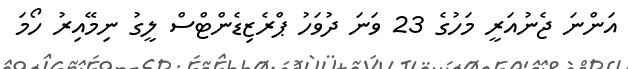
އަންނަ ޖެނުއަރީ މަހުގެ 23 ވަނަ ދުވަހު ޕްރެޒިޑެންޓްސް ލީގު ނިމޭއިރު ހޯމަ